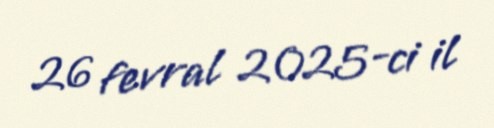
26 fevral 2025-ci il